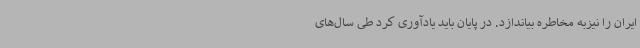
ایران را نیزبه مخاطره بیاندازد. در پایان باید یادآوری کرد طی سال‌های